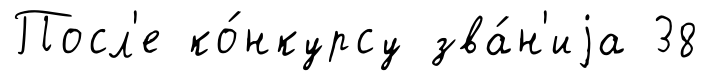
Посл'е ко́нкурсу зва́н'иjа 38